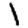
Digit: 1